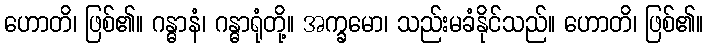
ဟောတိ၊ ဖြစ်၏။ ဂန္ဓာနံ၊ ဂန္ဓာရုံတို့။ အက္ခမော၊ သည်းမခံနိုင်သည်။ ဟောတိ၊ ဖြစ်၏။